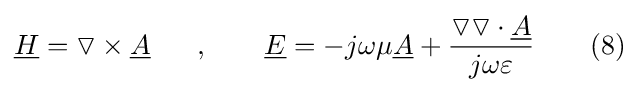
{\underline {H}}=\triangledown \times {\underline {A}}\ \ \ \ \ ,\ \ \ \ \ \ {\underline {E}}=-j\omega \mu {\underline {A}}+{\frac {\triangledown \triangledown \cdot {\underline {A}}}{j\omega \varepsilon }}\ \ \ \ \ \ (8)